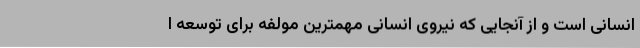
انسانی است و از آنجایی که نیروی انسانی مهمترین مولفه برای توسعه ا